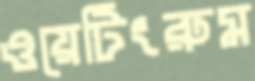
ওয়েটিংরুম